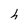
Character: h